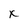
Character: x